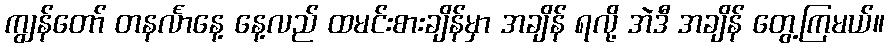
ကျွန်တော် တနင်္လာနေ့ နေ့လည် ထမင်းစားချိန်မှာ အချိန် ရလို့ အဲဒီ အချိန် တွေ့ကြမယ်။